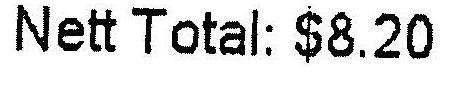
NETT TOTAL: $8.20